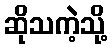
ဆိုသကဲ့သို့